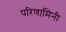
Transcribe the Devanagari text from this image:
परिणामिनी